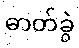
ဓာတ်ခွဲ